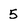
Character: 5